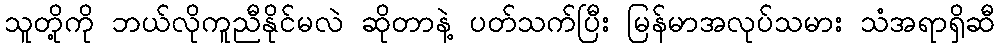
သူတို့ကို ဘယ်လိုကူညီနိုင်မလဲ ဆိုတာနဲ့ ပတ်သက်ပြီး မြန်မာအလုပ်သမား သံအရာရှိဆီ